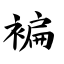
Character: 褊